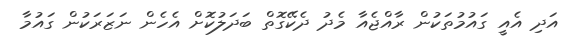
އަދި އެއީ ގައުމުތަކުން ރާއްޖެއާ މެދު ދެކޭގޮތް ބަދަލުކޮށް އެހެން ނަޒަރަކުން ގައުމާ